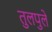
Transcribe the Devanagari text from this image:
तुलपुले